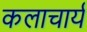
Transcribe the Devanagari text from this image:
कलाचार्य